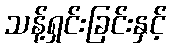
သန့်ရှင်းခြင်းနှင့်